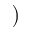
)